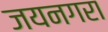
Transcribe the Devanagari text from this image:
जयनगरा